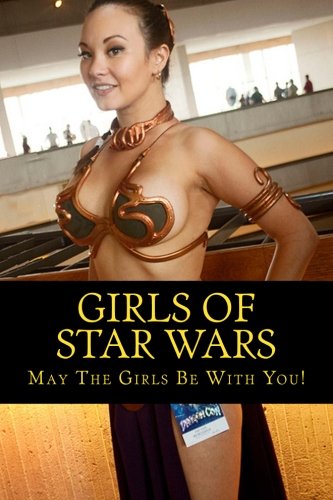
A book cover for Girls Of Star Wars: May The Girls Be With You; A R James; Science Fiction & Fantasy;